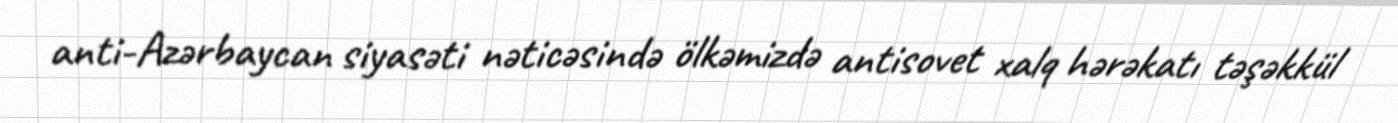
anti-Azərbaycan siyasəti nəticəsində ölkəmizdə antisovet xalq hərəkatı təşəkkül